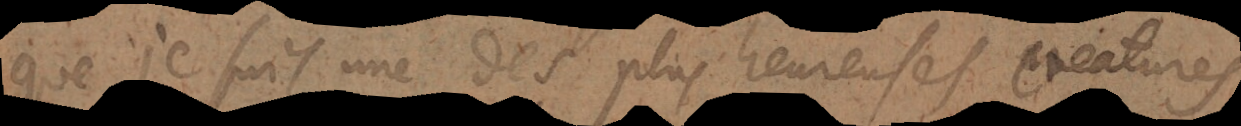
que je suis une des plus heureuses creatures,